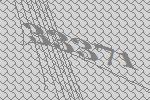
33371